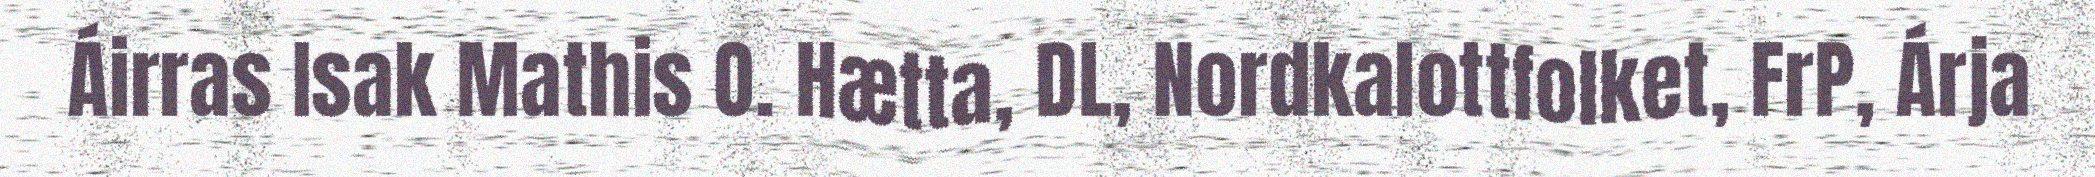
Áirras Isak Mathis O. Hætta, DL, Nordkalottfolket, FrP, Árja